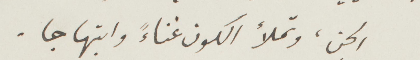
الجن، وتملأ الكون غناءً وابتهاجًا.